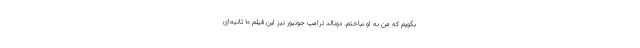
بگویم که من به او نباختم. دونالد ترامپ جونیور نیز این فیلم ۱۰ ثانیه‌ای